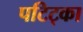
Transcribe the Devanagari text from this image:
पटिट्का